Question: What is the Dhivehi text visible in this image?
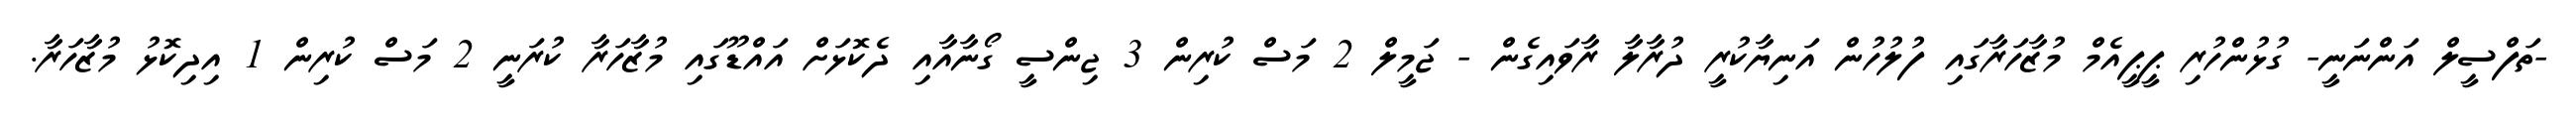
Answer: -ތަފްސީލް އަންނަނީ- ގުޅުންހުރި ޕީޕީއެމް މުޒާހަރާގައި ފުލުހުން އަނިޔާކުރީ ދުރާލާ ރާވައިގެން - ޖަމީލް 2 މަސް ކުރިން 3 ޖިންސީ ގޯނާއާއި ދެކޮޅަށް އައްޑޫގައި މުޒާހަރާ ކުރަނީ 2 މަސް ކުރިން 1 އިދިކޮޅު މުޒާހަރާ.